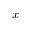
x